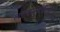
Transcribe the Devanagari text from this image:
लाभानुभोगियों